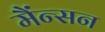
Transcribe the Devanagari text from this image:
मैंन्सन